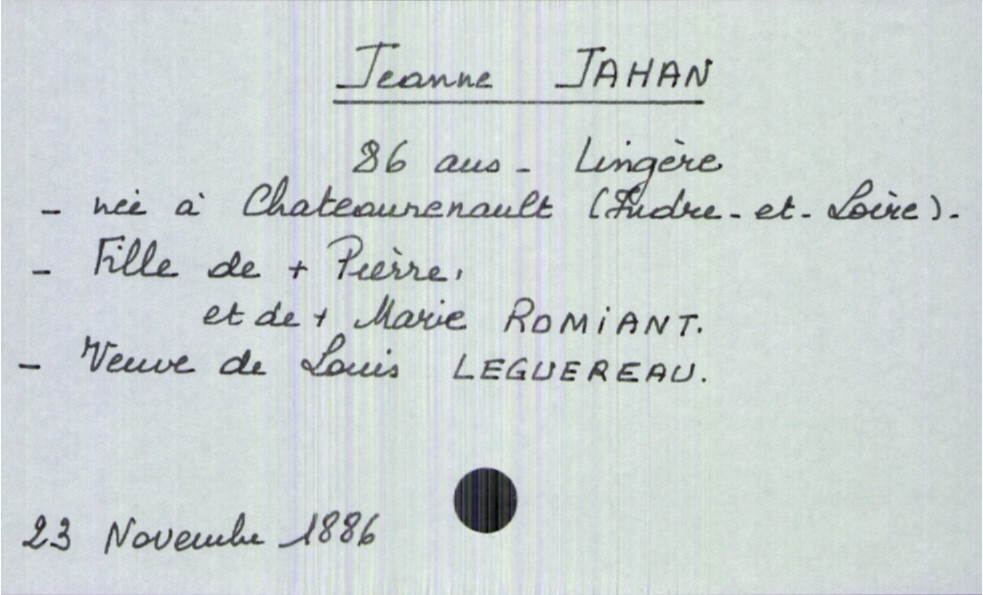
type_acte: Décès
année: 1886
mois: novembre
jour: 23
défunt_nom: Jahan
défunt_prénom: Jeanne
défunt_sexe: F
défunt_âge: 86 ans
défunt_profession: Lingère
défunt_date_de_naissance: Chateaurenault (Indre-et-Loire)
défunt_statut: veuf(ve)
père_défunt_nom: Jahan
père_défunt_prénom: Pierre
père_défunt_statut: décédé
mère_défunt_nom: Romiant
mère_défunt_prénom: Marie
mère_défunt_statut: décédée